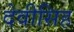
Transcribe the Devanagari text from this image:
देवीसिह